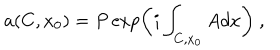
a ( C , x _ { 0 } ) = P \exp \left( i \int _ { C , x _ { 0 } } A d x \right) ~ ,